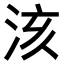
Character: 𣴃